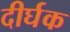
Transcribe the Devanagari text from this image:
दीर्घक